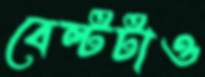
বেল্টটাও